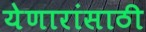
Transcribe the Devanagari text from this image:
येणारांसाठी